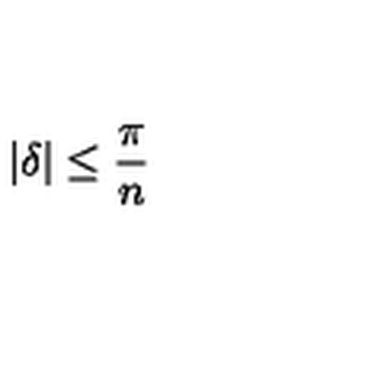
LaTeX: | \delta | \leq \frac { \pi } { n }